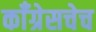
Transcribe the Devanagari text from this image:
काँग्रेसचेच